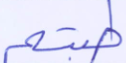
طبتم